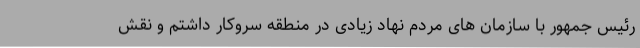
رئیس جمهور با سازمان های مردم نهاد زیادی در منطقه سروکار داشتم و نقش